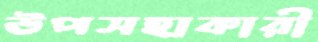
উপসহাকারী